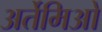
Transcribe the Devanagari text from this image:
अर्तेमिओ